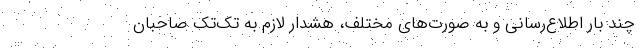
چند بار اطلاع‌رسانی و به صورت‌های مختلف، هشدار لازم به تک‌تک صاحبان